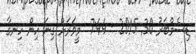
ޑިސެމްބަރު 30